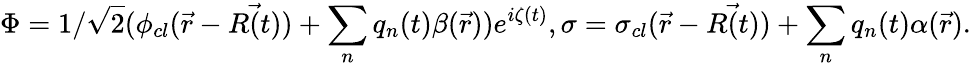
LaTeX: \Phi=1/{\sqrt{2}}(\phi_{cl}({\vec{r}}-{\vec{R(t)}})+\sum_{n}q_{n}(t)\beta({\vec{r}}))e^{i\zeta(t)},\sigma=\sigma_{cl}({\vec{r}}-{\vec{R(t)}})+\sum_{n}q_{n}(t)\alpha({\vec{r}}).